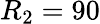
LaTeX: R_{2}=90